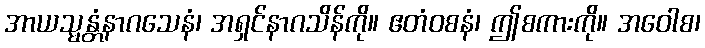
အာယသ္မန္တံနာဂသေနံ၊ အရှင်နာဂသိန်ကို။ ဧတံဝစနံ၊ ဤစကားကို။ အဝေါစ၊